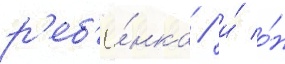
р'еб'ё́нка / и́ о́н